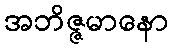
အဘိဇ္ဇမာနော